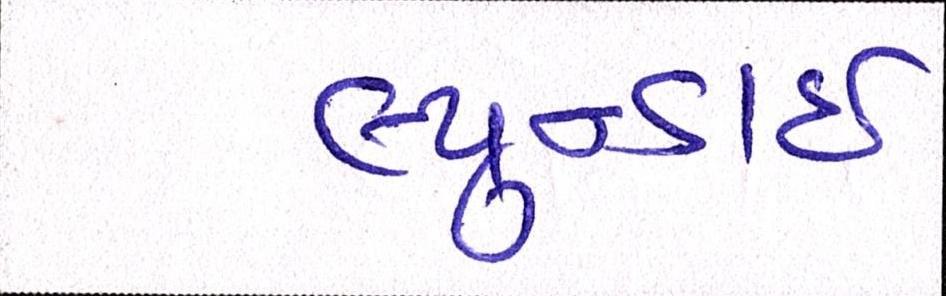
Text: હ્યુન્ડાઇ